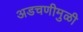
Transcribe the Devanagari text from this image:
अडचणीमुळी